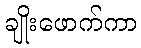
ချိုးဖောက်ကာ